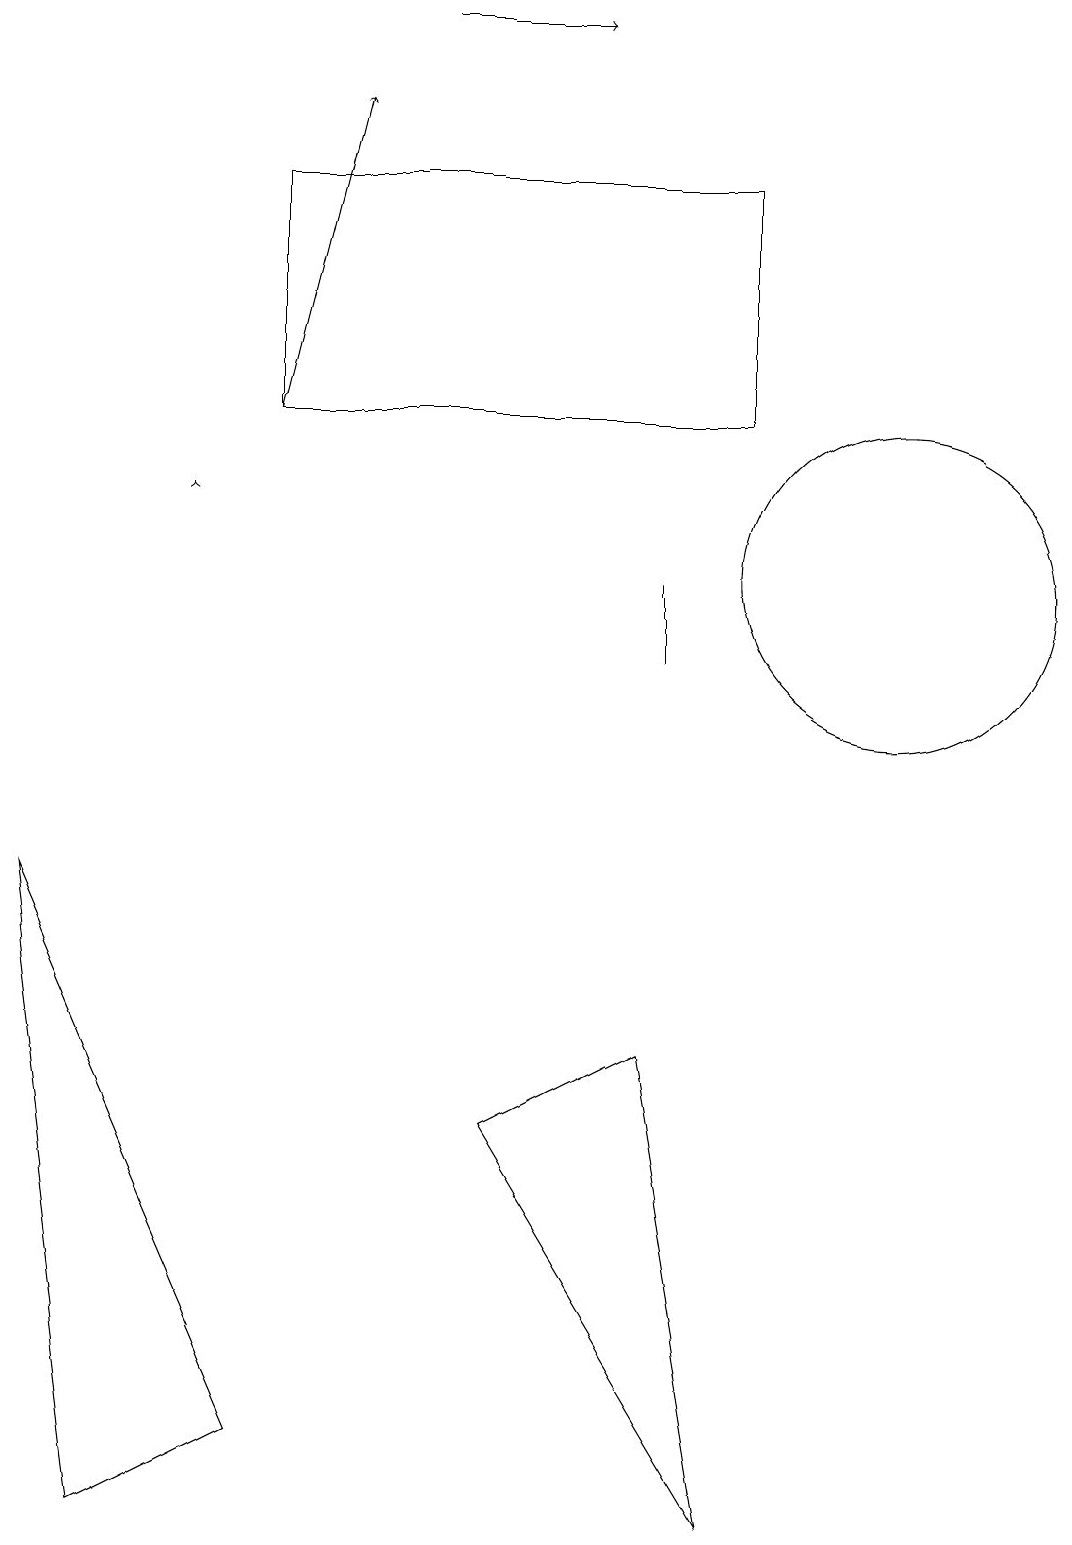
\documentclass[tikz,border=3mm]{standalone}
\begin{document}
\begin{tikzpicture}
\draw (9,14) rectangle (3,17);
\draw[->] (5,19) -- (7,19);
\draw (8,11) rectangle (8,12);
\draw[->] (3,14) -- (4,18);
\draw (6,5) -- (8,6) -- (9,0) -- cycle;
\draw (0,8) -- (1,0) -- (3,1) -- cycle;
\draw (11,12) circle (2);
\draw[->] (2,13) -- (2,13);
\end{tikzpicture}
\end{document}